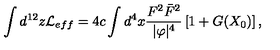
\int d ^ { 1 2 } z { \cal L } _ { e f f } = 4 c \int d ^ { 4 } x \frac { F ^ { 2 } \bar { F } ^ { 2 } } { | \varphi | ^ { 4 } } \left[ 1 + G ( X _ { 0 } ) \right] ,